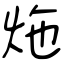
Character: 炧